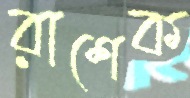
রাশেক